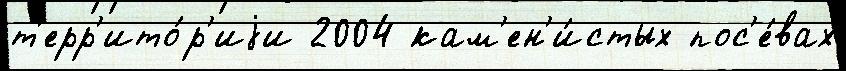
т'ерр'ито́р'иjи 2004 кам'ен'и́стых пос'е́вах